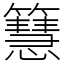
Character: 𥶙